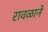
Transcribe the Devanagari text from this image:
रावळाने